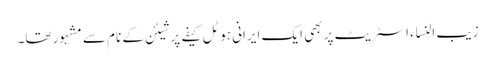
زیب النساء اسٹریٹ پر بھی ایک ایرانی ہوٹل کیفے پرشیئن کے نام سے مشہور تھا۔